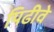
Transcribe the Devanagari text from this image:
पिढीवे